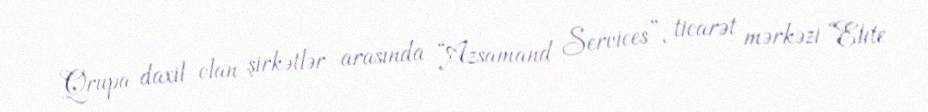
Qrupa daxil olan şirkətlər arasında “Azsamand Services”, ticarət mərkəzi “Elite